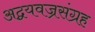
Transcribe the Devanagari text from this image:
अद्वयवज्रसंग्रह